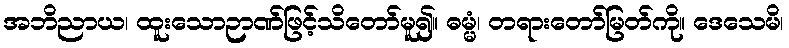
အဘိညာယ၊ ထူးသောဉာဏ်ဖြင့်သိတော်မူ၍။ ဓမ္မံ၊ တရားတော်မြတ်ကို။ ဒေသေမိ၊